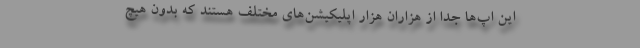
این اپ‌ها جدا از هزاران هزار اپلیکیشن‌های مختلف هستند که بدون هیچ